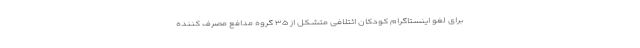
برای لغو اینستاگرام کودکان ائتلافی متشکل از ۳۵ گروه مدافع مصرف کننده